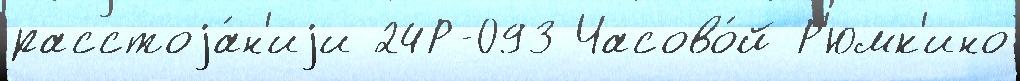
расстоjа́н'иjи 24Р-093 Часово́й Р'юмк'ино